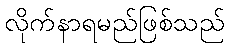
လိုက်နာရမည်ဖြစ်သည်